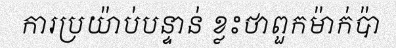
ការប្រយ៉ាប់បន្ទាន់ ខ្លះថាពួកម៉ាក់ប៉ា